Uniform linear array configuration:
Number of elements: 16
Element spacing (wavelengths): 0.5
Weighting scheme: exponential
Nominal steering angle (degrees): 0
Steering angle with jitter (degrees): -0.7085
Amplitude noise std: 0.05
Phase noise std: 0.05

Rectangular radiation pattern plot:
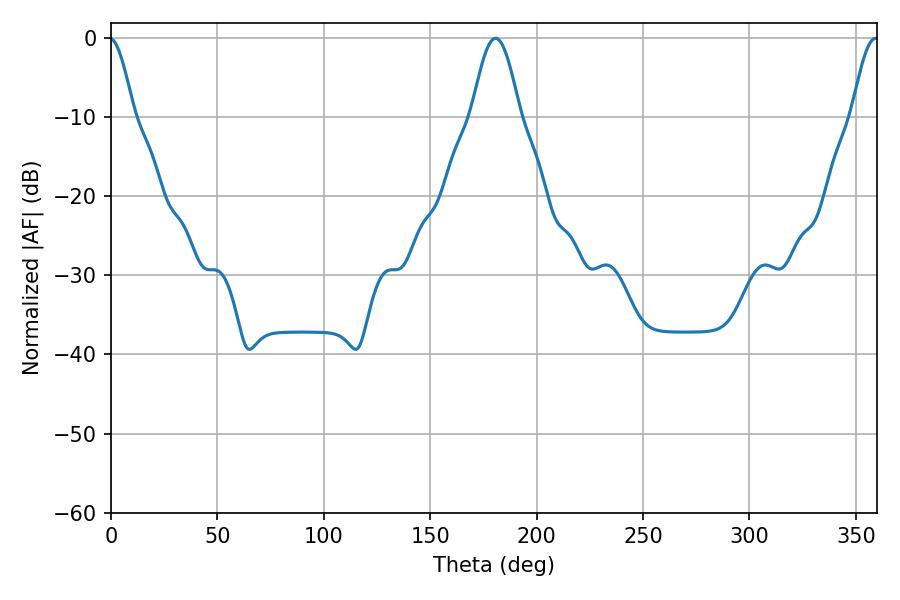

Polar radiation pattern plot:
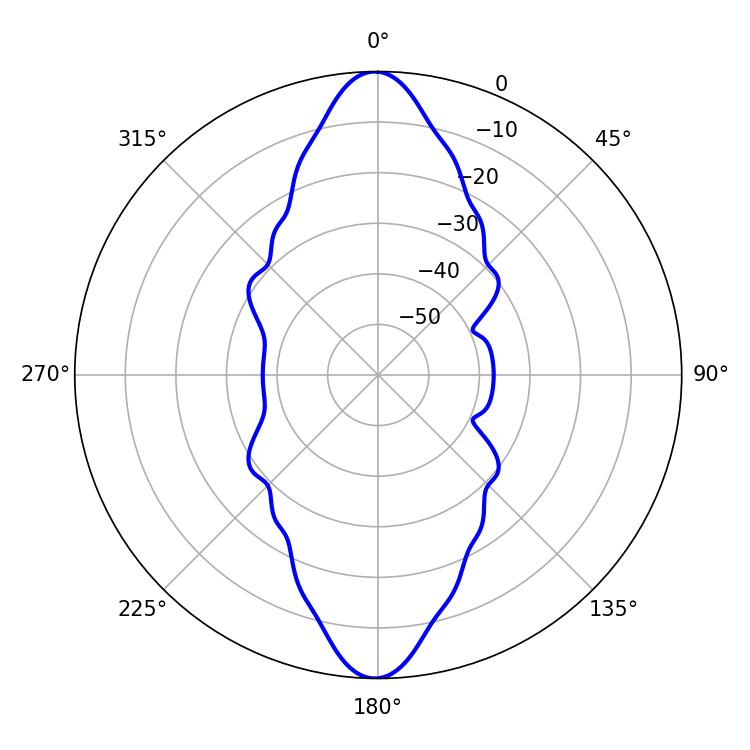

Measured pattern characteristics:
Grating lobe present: FALSE
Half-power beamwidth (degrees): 12.24
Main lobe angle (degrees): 180.72